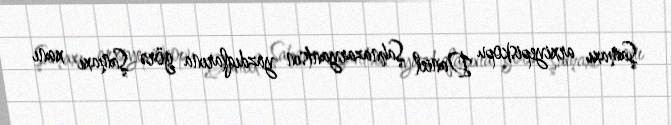
Şamaxı arxiyepiskopu Daniel Şahnazaryantsın yazdıqlarına görə Şamaxı xanı